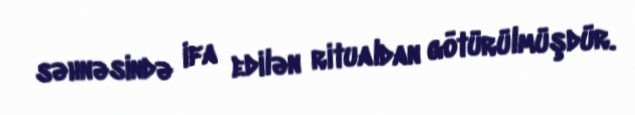
səhnəsində ifa edilən ritualdan götürülmüşdür.